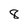
Character: 8